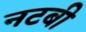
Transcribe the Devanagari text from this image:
नटबी